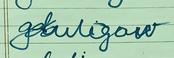
Signature authenticity: forged